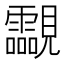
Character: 𧢥